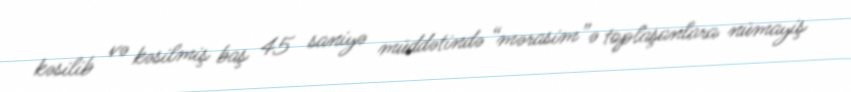
kəsilib və kəsilmiş baş 45 saniyə müddətində “mərasim”ə toplaşanlara nümayiş